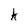
Character: k